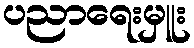
ပညာရေးမှူး